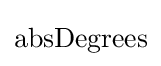
{\rm {absDegrees}}